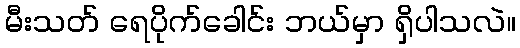
မီးသတ် ရေပိုက်ခေါင်း ဘယ်မှာ ရှိပါသလဲ။